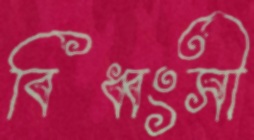
বিধ্বংসী